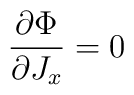
\frac{\partial \Phi }{\partial J_{x}}=0